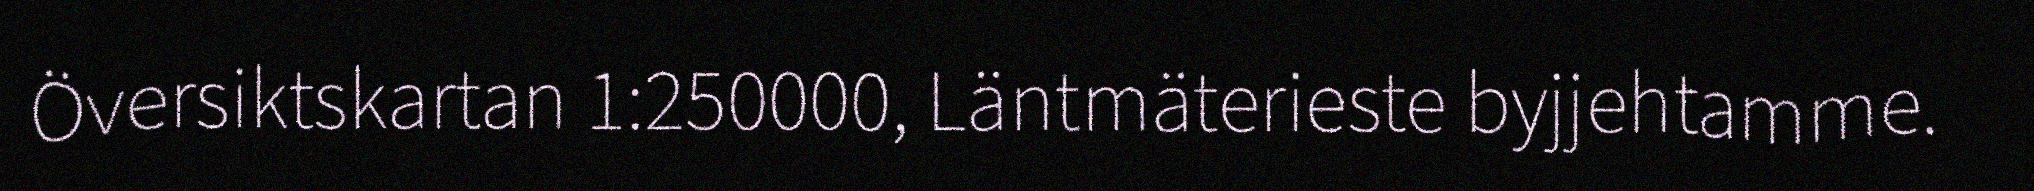
Översiktskartan 1:250000, Läntmäterieste byjjehtamme.